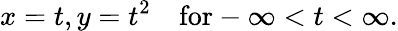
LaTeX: x=t,y=t^{2}\quad\mathrm{for}-\infty<t<\infty.